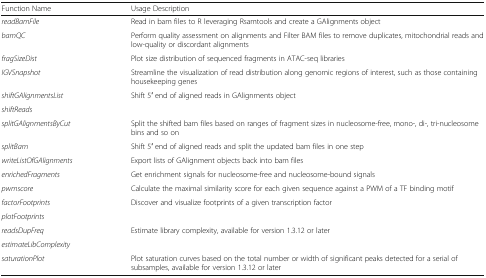
| Function Name | Usage Description |
 | --- | --- |
 | readBamFile | Read in bam files to R leveraging Rsamtools and create a GAlignments object |
 | bamQC | Perform quality assessment on alignments and Filter BAM files to remove duplicates, mitochondrial reads and low-quality or discordant alignments |
 | fragSizeDist | Plot size distribution of sequenced fragments in ATAC-seq libraries |
 | IGVSnapshot | Streamline the visualization of read distribution along genomic regions of interest, such as those containing housekeeping genes |
 | shiftGAlignmentsList | <ROWSPAN=2> Shift 5′ end of aligned reads in GAlignments object |
 | shiftReads |
 | splitGAlignmentsByCut | Split the shifted bam files based on ranges of fragment sizes in nucleosome-free, mono-, di-, tri-nucleosome bins and so on |
 | splitBam | Shift 5′ end of aligned reads and split the updated bam files in one step |
 | writeListOfGAlignments | Export lists of GAlignment objects back into bam files |
 | enrichedFragments | Get enrichment signals for nucleosome-free and nucleosome-bound signals |
 | pwmscore | Calculate the maximal similarity score for each given sequence against a PWM of a TF binding motif |
 | factorFootprints | <ROWSPAN=2> Discover and visualize footprints of a given transcription factor |
 | plotFootprints |
 | readsDupFreq | <ROWSPAN=2> Estimate library complexity, available for version 1.3.12 or later |
 | estimateLibComplexity |
 | saturationPlot | Plot saturation curves based on the total number or width of significant peaks detected for a serial of subsamples, available for version 1.3.12 or later |